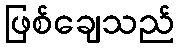
ဖြစ်ချေသည်